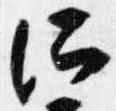
所